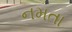
નમતા